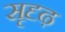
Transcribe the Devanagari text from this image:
सृदृढ़